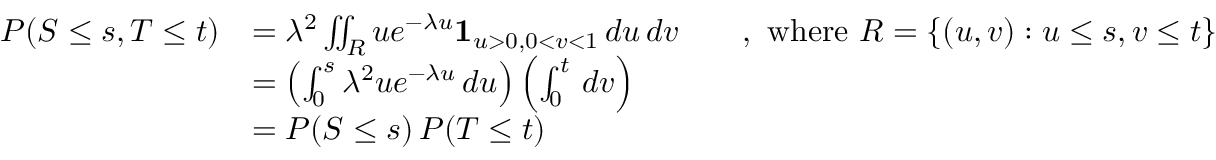
\begin{array} { r l } { P ( S \le s , T \le t ) } & { = \lambda ^ { 2 } \iint _ { R } u e ^ { - \lambda u } \mathbf 1 _ { u > 0 , 0 < v < 1 } \, d u \, d v \qquad , \mathrm { ~ w h e r e ~ } R = \{ ( u , v ) : u \le s , v \le t \} } \\ & { = \left( \int _ { 0 } ^ { s } \lambda ^ { 2 } u e ^ { - \lambda u } \, d u \right) \left( \int _ { 0 } ^ { t } \, d v \right) } \\ & { = P ( S \le s ) \, P ( T \le t ) } \end{array}